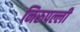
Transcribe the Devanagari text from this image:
निरुपल्ली